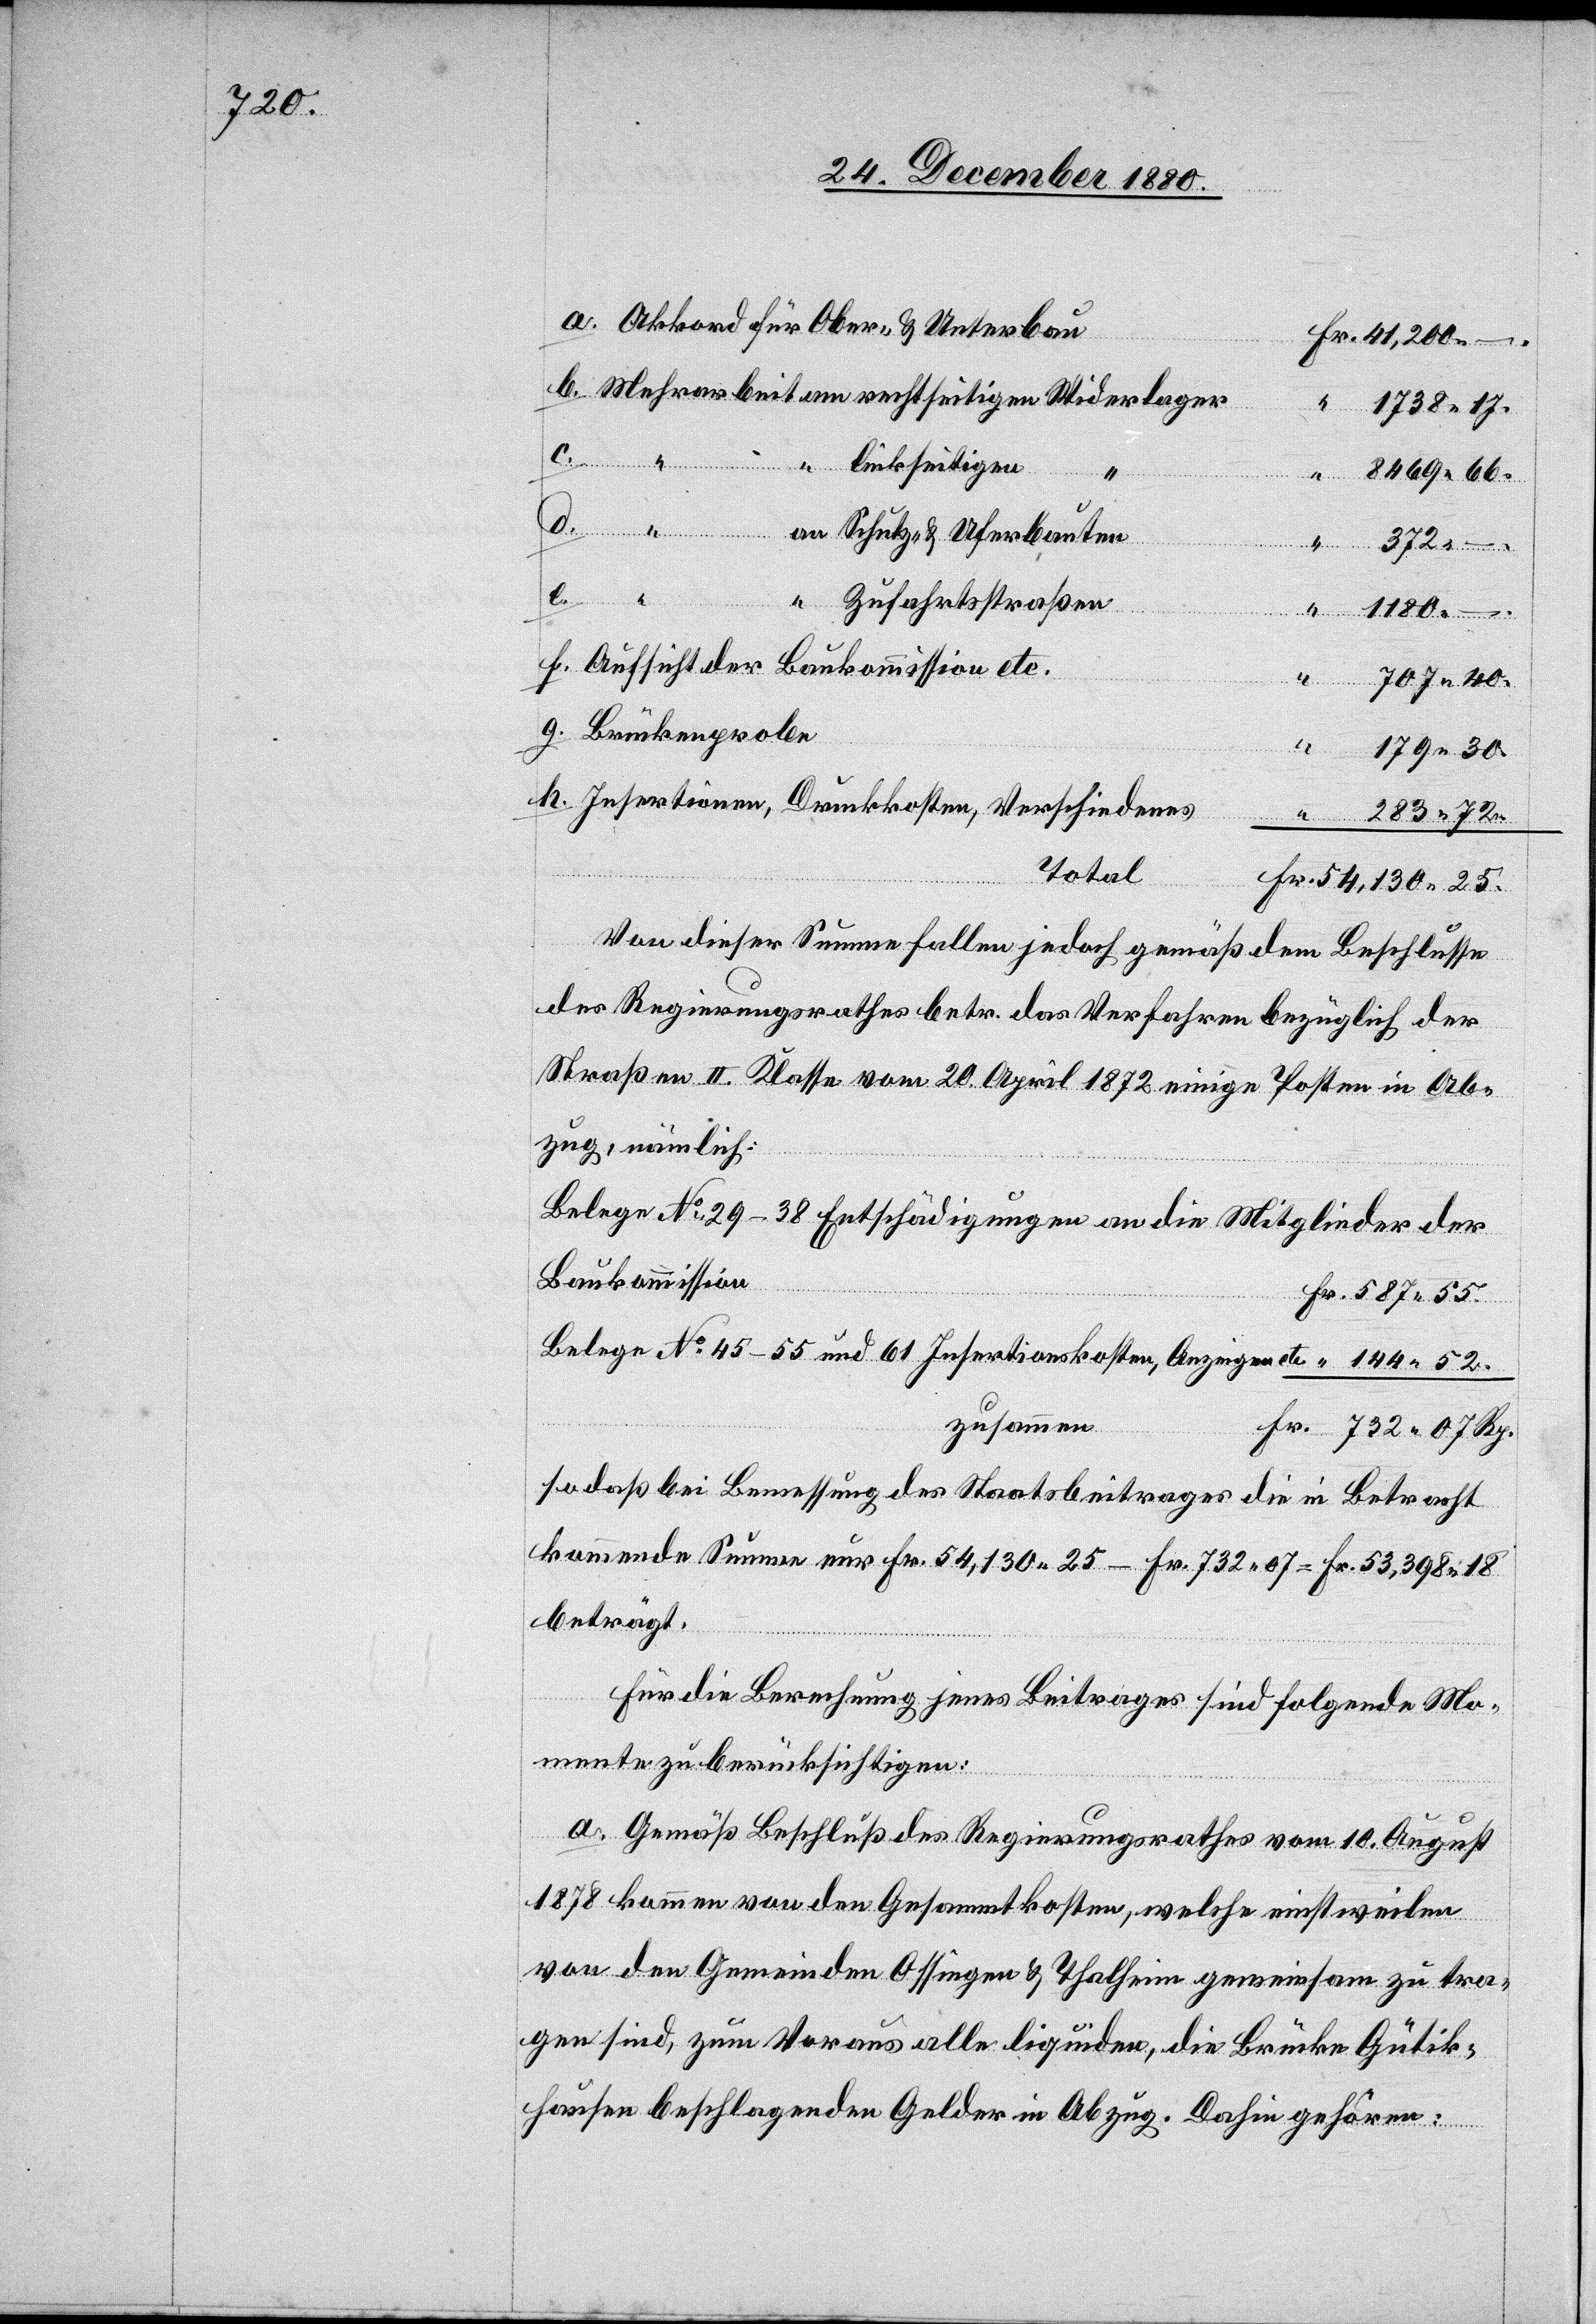
72.

Akkord für Ober- & Unterbau
Schutz- & Uferbauten
372
–.
b.
30.
Rp.
Zufahrtsstraßen
144
1180
Aufsicht der Baukommission etc.
40.
Insertionen, Druckkosten, Verschiedenes
Total
Von dieser Summe fallen jedoch gemäß dem Beschlusse
des Regierungsrathes betr. das Verfahren bezüglich der
Straßen II. Klasse vom 20. April 1872 einige Posten in Ab¬
zug, nämlich:
Belege No 29–38 Entschädigungen an die Mitglieder der
Baukommission
Belege No 45–55 und 61 Insertionskosten, Anzeige etc.
zusammen
so daß bei Bemessung des Staatsbeitrages die in Betracht
kommende Summe nur Fr. 54,130 25 – Fr. 732 07 = Fr. 53,398 18
beträgt.
Für die Berechnung jenes Beitrages sind folgende Mo¬
mente zu berücksichtigen:
a. Gemäß Beschluß des Regierungsrathes vom 10. August
1878 kommen von den Gesammtkosten, welche einstweilen
von den Gemeinden Ossingen & Thalheim gemeinsam zu tra¬
gen sind, zum Voraus alle liquiden, die Brücke Gütik¬
hausen beschlagenden Gelder in Abzug. Dahin gehören: